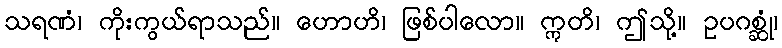
သရဏံ၊ ကိုးကွယ်ရာသည်။ ဟောဟိ၊ ဖြစ်ပါလော။ ဣတိ၊ ဤသို့။ ဥပဂစ္ဆုံ၊